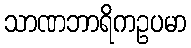
သာဏဘာရိကဥပမာ